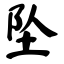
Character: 坠